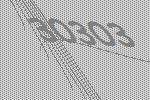
30303